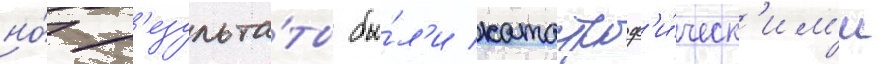
но́ р'езульта́ты бы́л'и катастроф'и́ческ'им'и